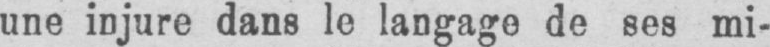
une injure dans le langage de ses mi-